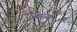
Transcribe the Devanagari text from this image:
उपरस्थ